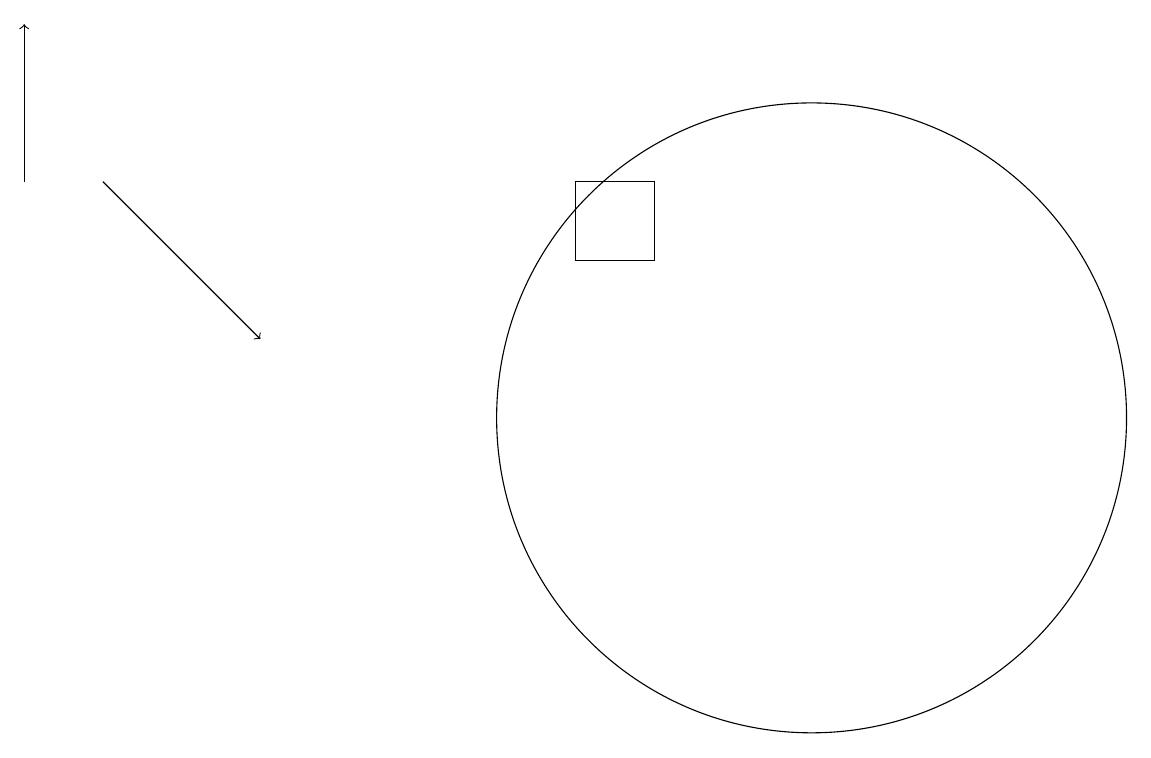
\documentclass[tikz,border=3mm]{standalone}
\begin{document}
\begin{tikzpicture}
\draw[->] (2,14) -- (4,12);
\draw (8,14) rectangle (9,13);
\draw[->] (1,14) -- (1,16);
\draw (11,11) circle (4);
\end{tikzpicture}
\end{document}